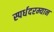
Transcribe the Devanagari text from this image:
स्पर्धदरम्यान